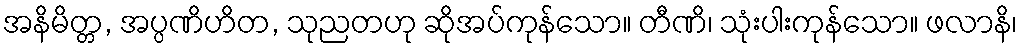
အနိမိတ္တ, အပ္ပဏိဟိတ, သုညတဟု ဆိုအပ်ကုန်သော။ တီဏိ၊ သုံးပါးကုန်သော။ ဖလာနိ၊